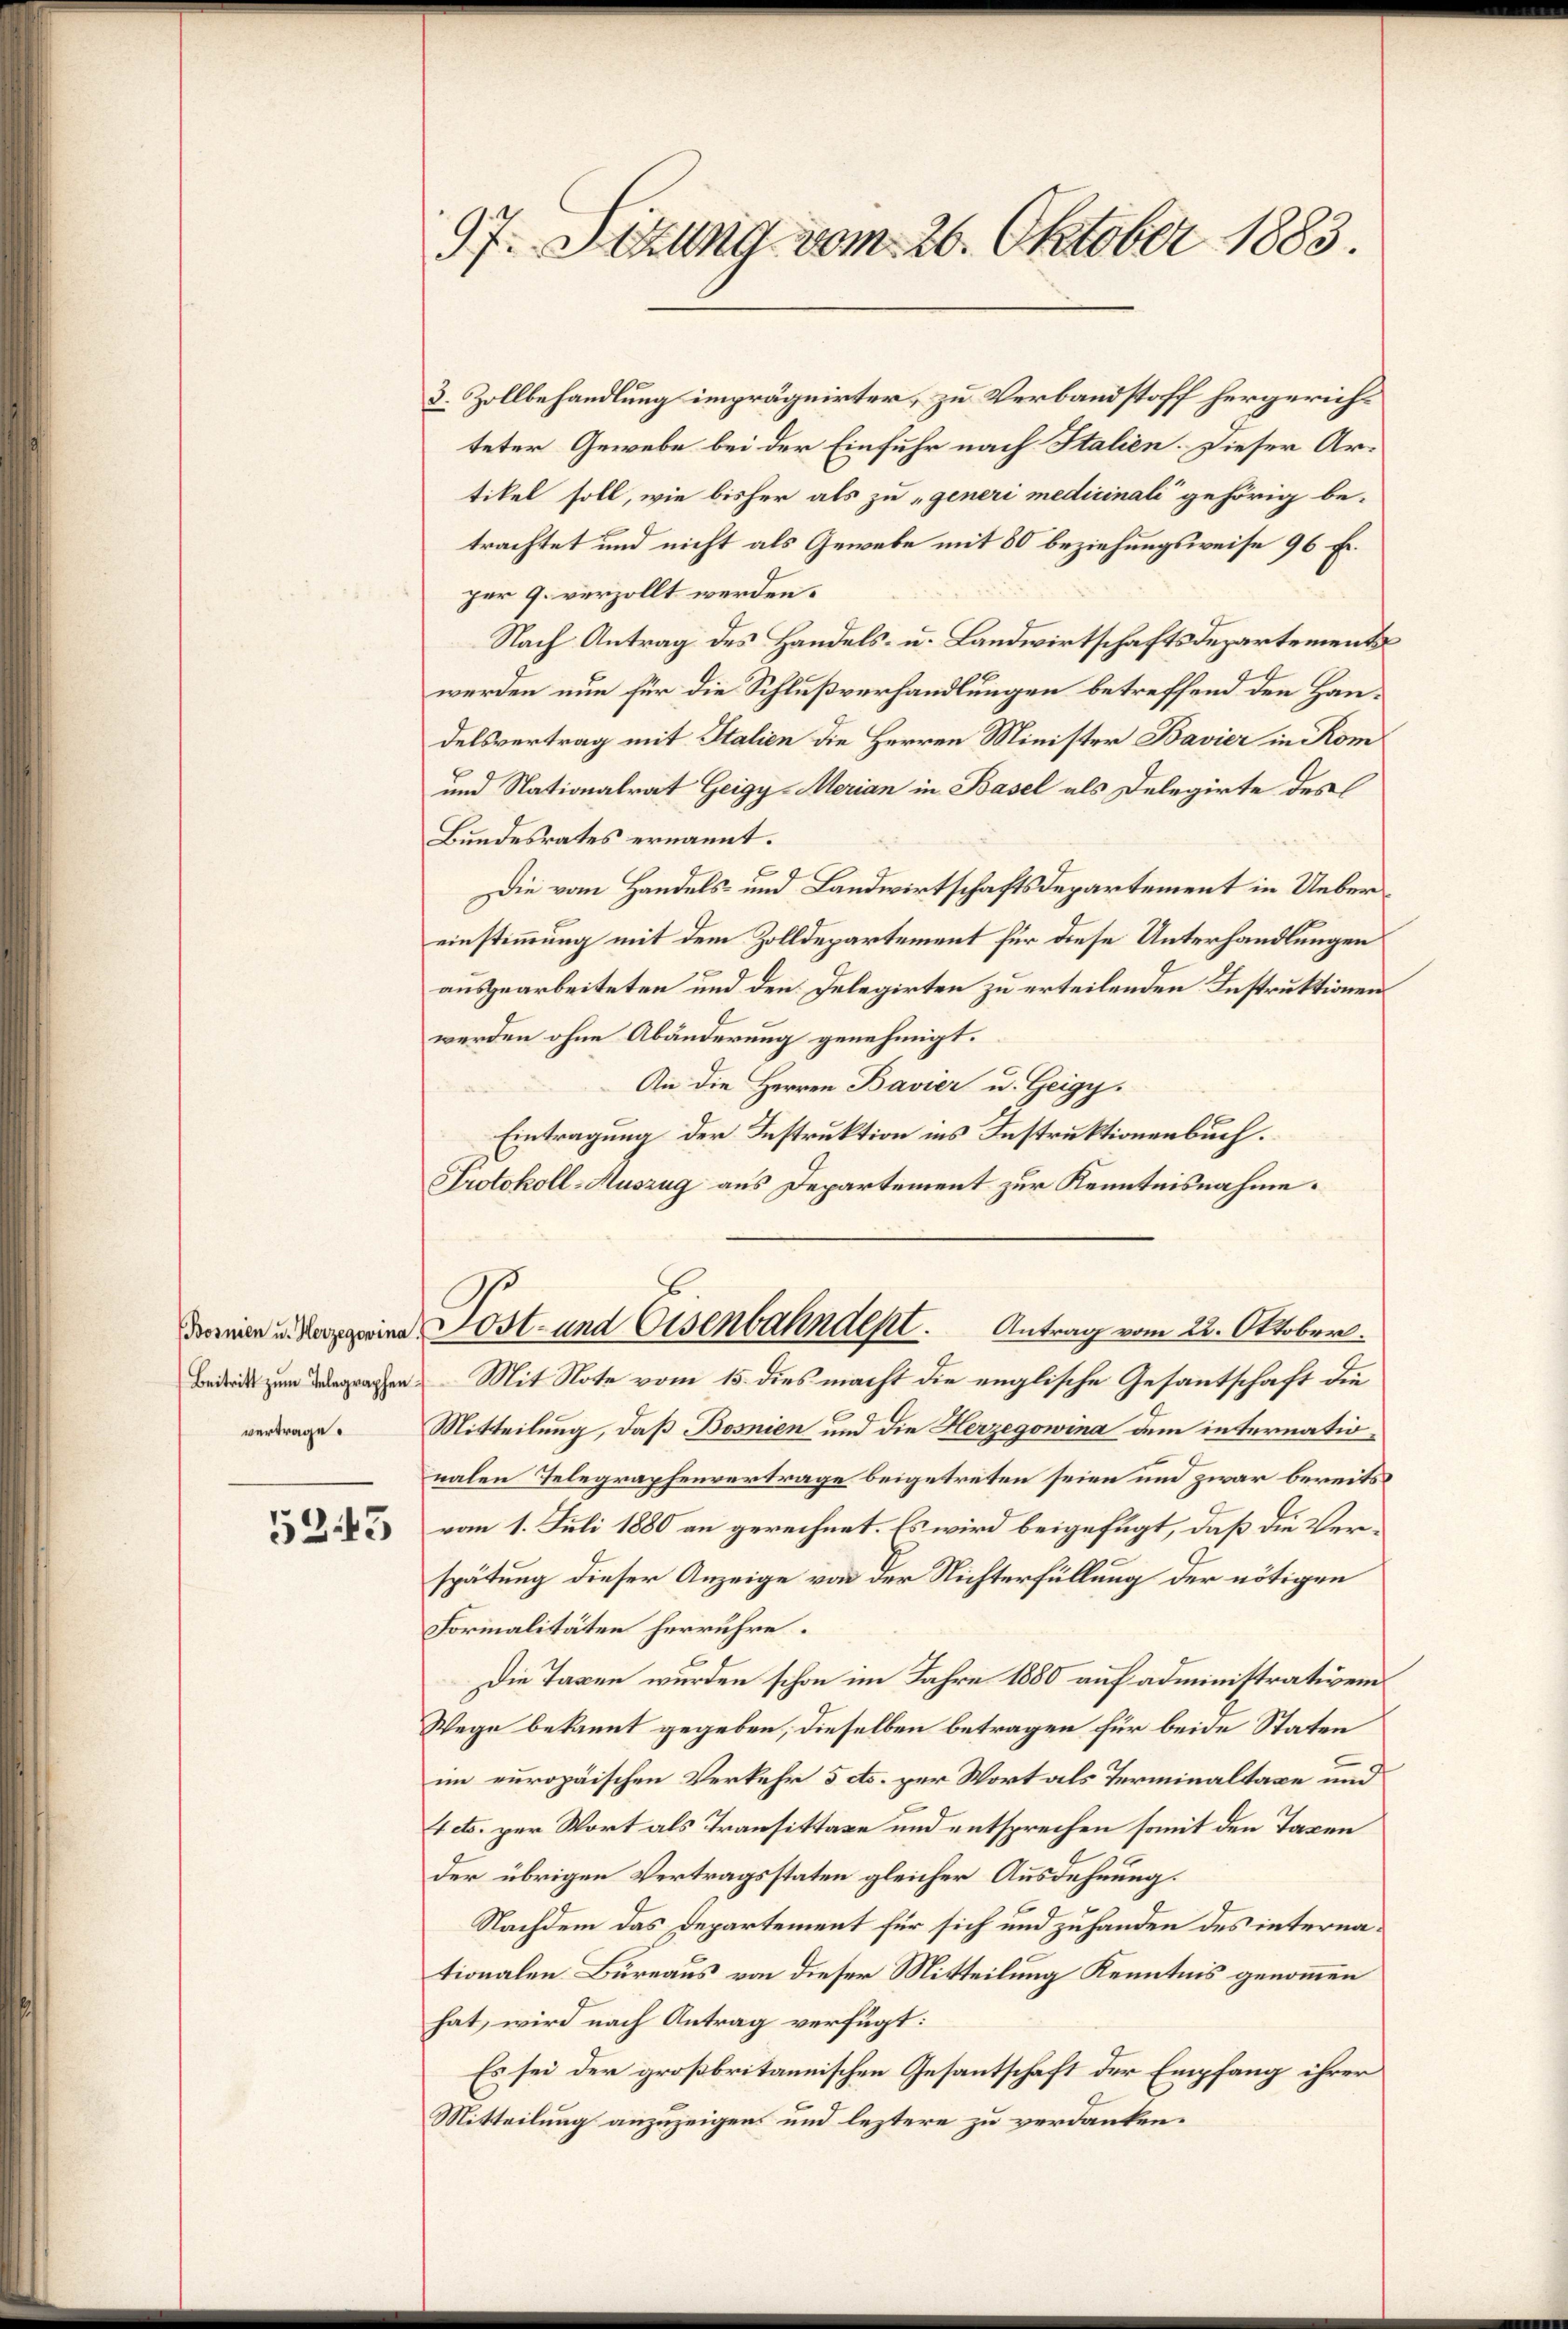
vertrage.

5343

97. Sizung vom 26. Oktober 1883.

3. Zollbehandlung imprägnirter, zu Verbandstoff hergericht
teter Gewebe bei der Einfuhr nach Italien. Dieser Artikel soll, wie bisher als zu „generi medicinali“ gehörig be-
trachtet und nicht als Gewebe mit 80 beziehungsweise 96 Fr.
per 9. verzollt werden.
Nach Antrag des Handels- u. Landwirtschaftsdepartement
e
t
werden nun für die Schlußverhandlungen betreffend den Handelsvertrag mit Italien die Herren Minister Bavier in Kom
und Nationalrat Geigy-Merian in Basel als Delegirte des
Bundesrates ernannt.
Die vom Handels- und Landwirtschaftsdepartement in Uebereinstimmung mit dem Zolldepartement für diese Unterhandlungen
ausgearbeiteten und den Delegirten zu erteilenden Instruktionen
werden ohne Abänderung genehmigt.
An die Herren Bavier u. Geigy.
Eintragung der Instruktion ins Instruktionenbuch.
Protokoll-Auszug aus Departement zur Kenntnisnahme.
n Post- und Eisenbahndept. Antrag vom 22. Oktober.
prachen Mit Note vom 15. dies macht die englische Gesantschaft die
Mitteilung, daß Bosnien und die Herzegowina dem internationalen Telegraphenvertrage beigetreten seien und zwar bereits
vom 1. Juli 1880 an gerechnet. Es wird beigefügt, daß die Verspätung dieser Anzeige von der Nichterfüllung der nötigen
Formalitäten herrühre.
Die Taxen wurden schon im Jahre 1880 auf administrativem
Wege bekannt gegeben, dieselben betragen für beide Staten
im europäischen Verkehr 5 cts. per Wort als Terminaltaxe und
1 etc. per Wort als Transittage und entsprechen somit den Taxen
der übrigen Vertragsstaten gleicher Ausdehnung.
Nachdem das Departement für sich und zuhanden des internationalen Bureaus von dieser Mitteilung Kenntnis genommen
hat, wird nach Antrag verfügt:
Es sei der großbritannischen Gesantschaft der Empfang ihrer
Mitteilung anzuzeigen und leztere zu verdanken.